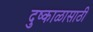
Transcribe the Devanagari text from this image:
दुष्काळासाठी